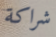
شراكة